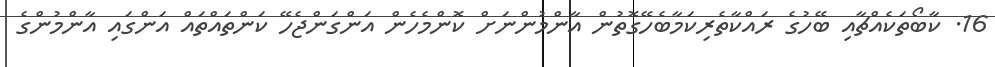
16. ކާބޯތަކެއްޗާއި ބޭހުގެ ރައްކާތެރިކަމާބެހޭގޮތުން އާންމުންނަށް ކޮންމެހެން އަންގަންޖެހޭ ކަންތައްތައް އަންގައި އާންމުންގެ